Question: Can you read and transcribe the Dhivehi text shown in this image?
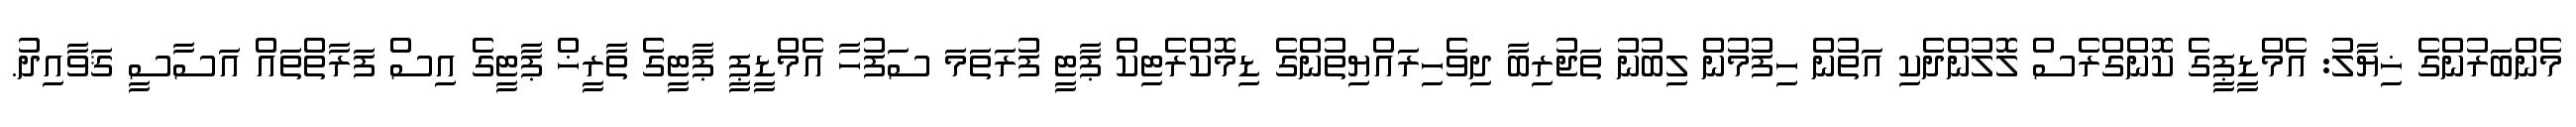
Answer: މެންބަރުންގެ ޚިޔާލު: އެމްޑީޕީގެ ކޮންގްރެސް ލޮލުންދެކި އަތުން ހިފުމުން ލިބުނު ތަޖުރިބާ ދިވެހިރައްޔިތުންގެ ޑިމޮކްރެޓިކް ޕާޓީ ފުރަތަމަ ސަފުހާ އެމްޑީޕީ ޕާޓީގެ ތާރީޚް ޕާޓީގެ އިސް ފަރާތްތައް އަސާސީ ޤަވާއިދު.